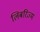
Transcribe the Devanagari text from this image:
लिबरिज्म